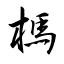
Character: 榪